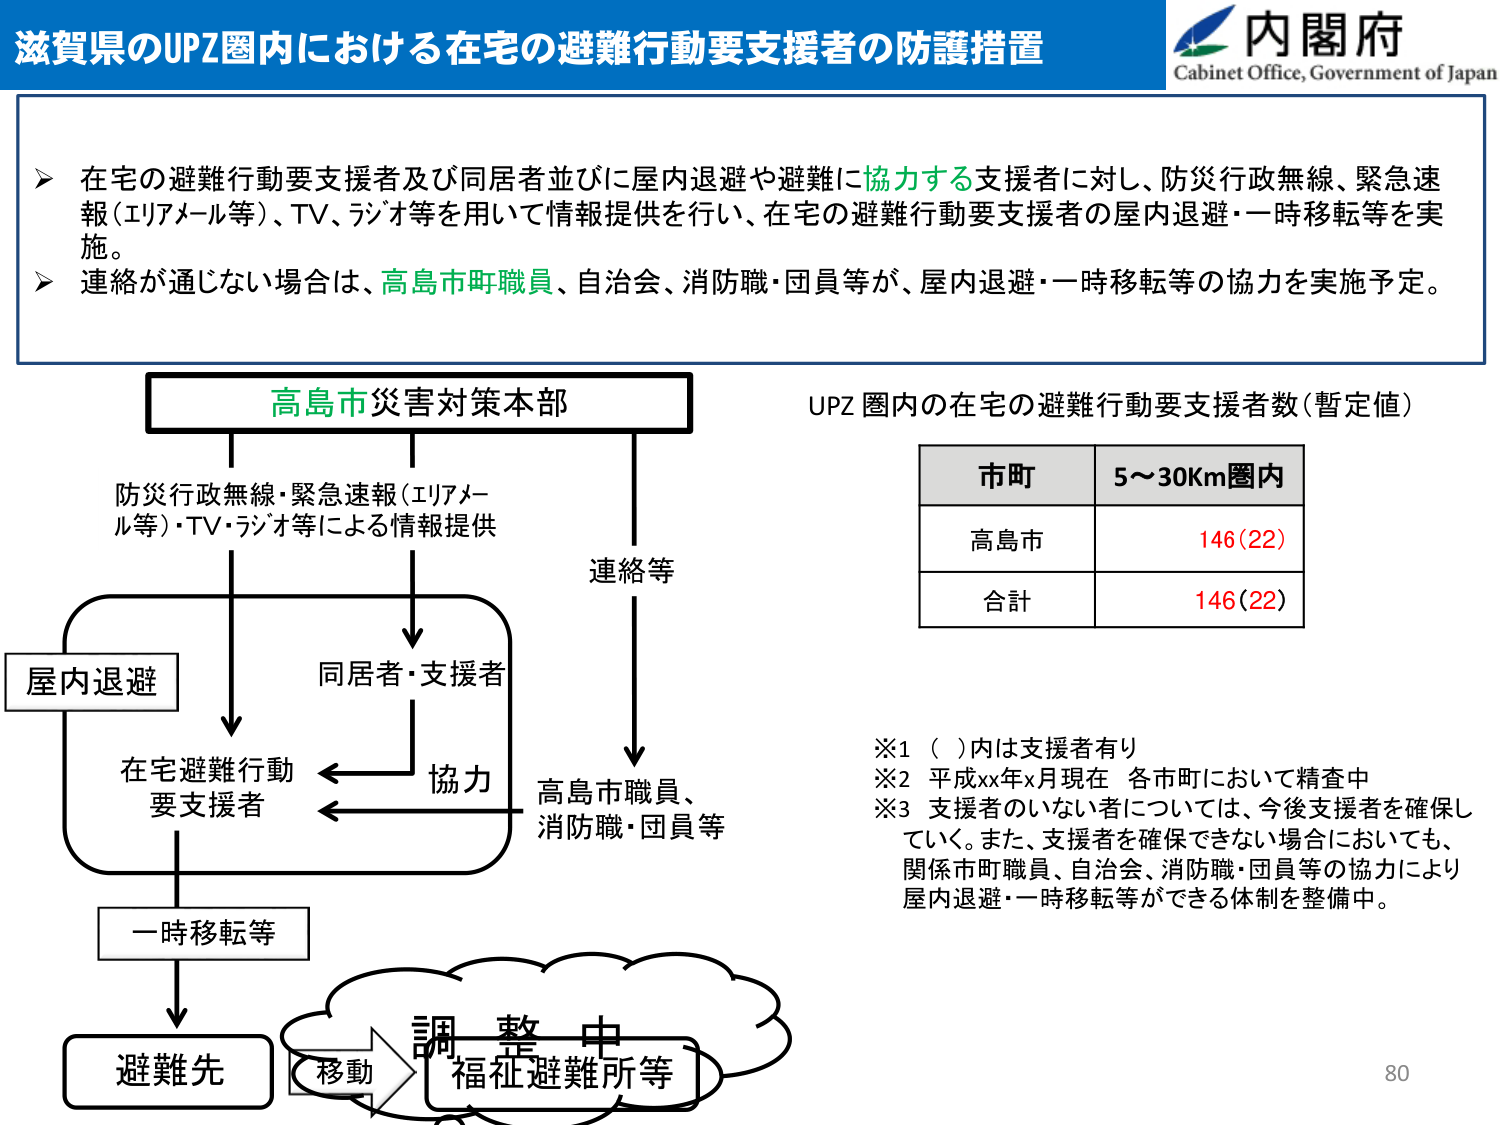
滋賀県のUPZ圏内における在宅の避難行動要支援者の防護措置

内閣府
Cabinet Office, Government of Japan

➤ 在宅の避難行動要支援者及び同居者並びに屋内退避や避難に協力する支援者に対し、防災行政無線、緊急速報（エリアメール等）、TV、ラジオ等を用いて情報提供を行い、在宅の避難行動要支援者の屋内退避・一時移転等を実施。
➤ 連絡が通じない場合は、高島市職員、自治会、消防職・団員等が、屋内退避・一時移転等の協力を実施予定。

高島市災害対策本部

防災行政無線・緊急速報（エリアメール等）・TV・ラジオ等による情報提供
連絡等

屋内退避
同居者・支援者
協力
高島市職員、
消防職・団員等

在宅避難行動
要支援者

一時移転等

避難先
移動
調整中
福祉避難所等

UPZ 圏内の在宅の避難行動要支援者数（暫定値）

市町 | 5～30Km圏内
--- | ---
高島市 | 146(22)
合計 | 146(22)

※1 （ ）内は支援者有り
※2 平成xx年x月現在 各市町において精査中
※3 支援者のいない者については、今後支援者を確保していく。また、支援者を確保できない場合においても、関係市町職員、自治会、消防職・団員等の協力により屋内退避・一時移転等ができる体制を整備中。

80